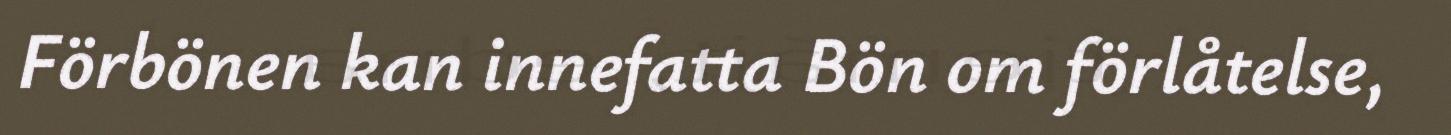
Förbönen kan innefatta Bön om förlåtelse,